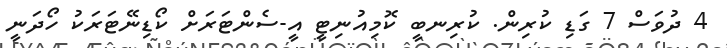
4 ދުވަސް 7 ގަޑި ކުރިން. ކުރިނބީ ކޮމިއުނިޓީ އީ-ސެންޓަރަށް ކޯޑިނޭޓަރަކު ހޯދަނީ